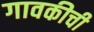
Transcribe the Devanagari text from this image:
गावकीची